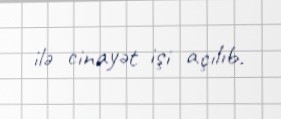
ilə cinayət işi açılıb.